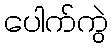
ပေါက်ကွဲ